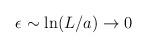
LaTeX: \begin{align*}\epsilon \sim {\rm ln}(L/a)\to 0\end{align*}